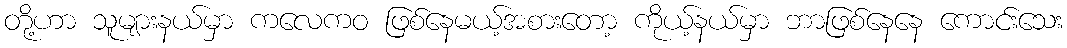
တို့ဟာ သူများနယ်မှာ ကလေကဝ ဖြစ်နေမယ့်အစားတော့ ကိုယ့်နယ်မှာ ဘာဖြစ်နေနေ ကောင်းသေး